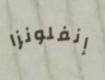
إنفلونزا